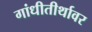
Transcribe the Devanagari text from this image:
गांधीतीर्थावर